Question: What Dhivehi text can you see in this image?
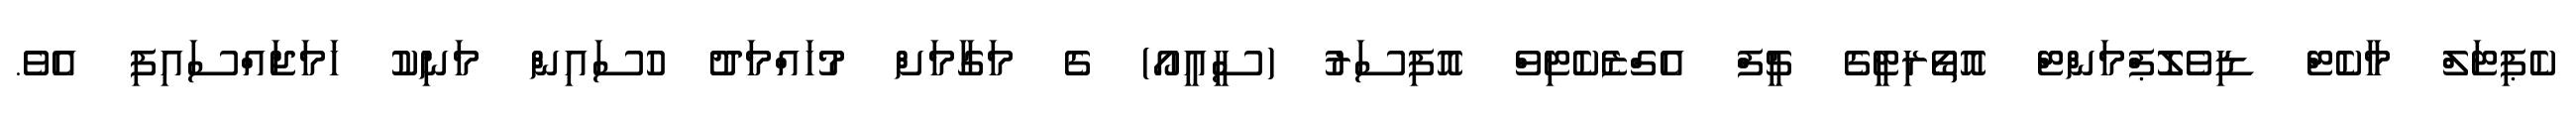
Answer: ކެޕިޓަލް މާކެޓް ޑިވެލޮޕްމަންޓް އޮތޯރިޓީގެ ޗީފް އެގްޒެކެޓިވް އޮފިސަރު (ސީއީއޯ) ގެ މަގާމަށް މުހައްމަދު ހުސައިން މަނިކު ހަމަޖައްސައިފި އެވެ.